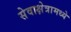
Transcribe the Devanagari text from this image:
सेवाक्षेत्रामध्ये